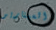
السيناريو